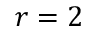
r = 2